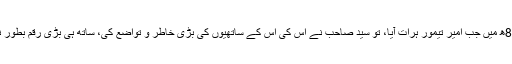
1398ء، -801ھ میں جب امیر تیمور ہرات آیا، تو سید صاحب نے اس کی اس کے ساتھیوں کی بڑی خاطر و تواضع کی، ساتھ ہی بڑی رقم بطور نذرانہ پیش کی۔